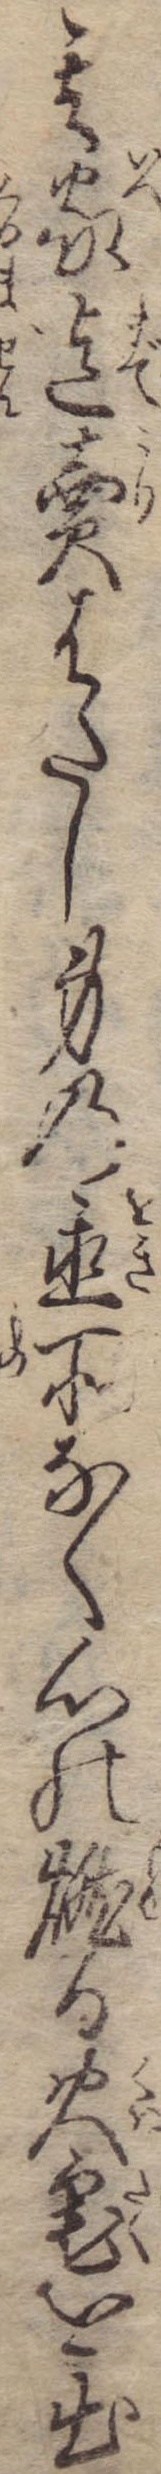
其家迄売はたし身の置所なく心の燃る火宅を出